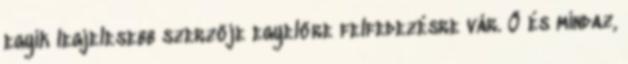
egyik legjelesebb szerzője egyelőre felfedezésre vár. Ő és mindaz,